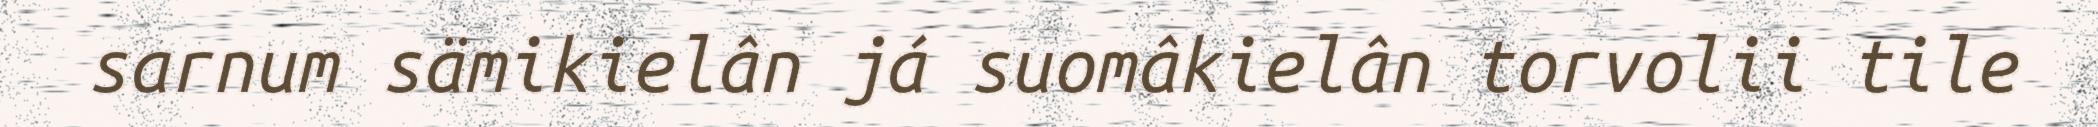
sarnum sämikielân já suomâkielân torvolii tile